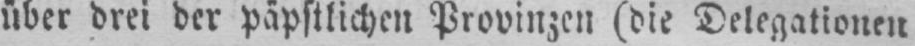
über drei der päpstlichen Provinzen (die Delegationen